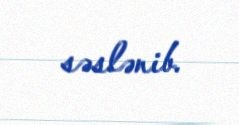
səslənib.